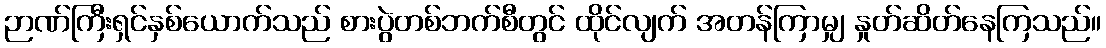
ဉာဏ်ကြီးရှင်နှစ်ယောက်သည် စားပွဲတစ်ဘက်စီတွင် ထိုင်လျက် အတန်ကြာမျှ နှုတ်ဆိတ်နေကြသည်။